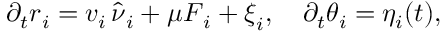
\partial _ { t } \boldsymbol { r } _ { i } = v _ { i } \, \hat { \boldsymbol { \nu } } _ { i } + \mu \boldsymbol { F } _ { i } + \boldsymbol { \xi } _ { i } , \quad \partial _ { t } \theta _ { i } = \eta _ { i } ( t ) ,